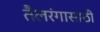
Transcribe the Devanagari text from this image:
तैलरंगासाठी